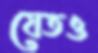
যেতও